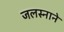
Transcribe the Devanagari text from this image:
जलस्नाने